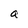
Character: a